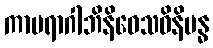
ကာမရာဂါဘိနိဝေသဝိနိဗန္ဓ